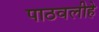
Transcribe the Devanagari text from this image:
पाठवलीहे